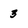
Character: 3